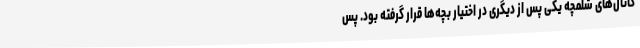
کانال‌های شلمچه یکی پس از دیگری در اختیار بچه‌ها قرار گرفته بود. پس